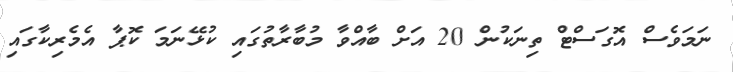
ނަމަވެސް އޮގަސްޓް ތިނަކުން 20 އަށް ބާއްވާ މުބާރާތުގައި ކުޅޭނަމަ ކޮޕާ އެމެރިކާގައި